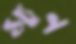
স্যুন